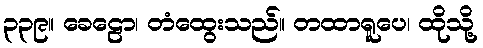
၃၃၉။ ခေဠော၊ တံထွေးသည်။ တထာရူပေ၊ ထိုသို့